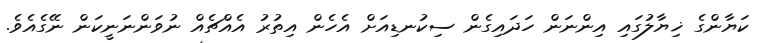
ކަޔާންގެ ޚިޔާލުގައި އިންނަން ހަދައިގެން ސިކުނޑިއަށް އެހެން އިތުރު އެއްޗެއް ނުވަންނަނީކަން ނޭގެއެވެ.